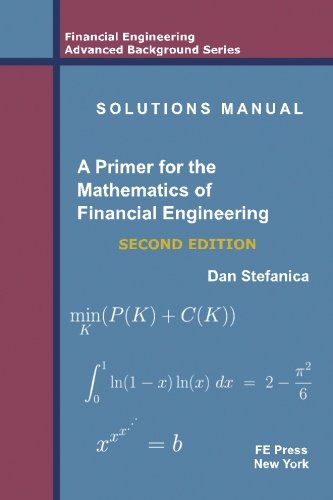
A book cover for Solutions Manual - A Primer For The Mathematics Of Financial Engineering, Second Edition; Dan Stefanica; Business & Money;